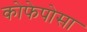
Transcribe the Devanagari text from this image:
कोफेपोसा